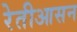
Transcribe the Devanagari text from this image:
रेतीआसन